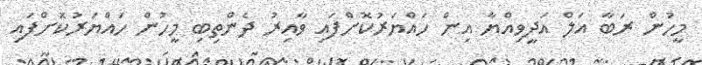
މީހުން ރަބާ އަލް އަދީވިއްޔާ އިން ހައްޔަރުކޮށްފައި ވާއިރު ދެންތިބި މީހުން ހައްޔަރުކޮށްފައި